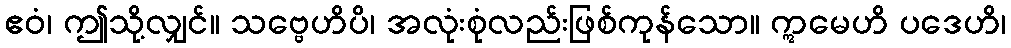
ဧဝံ၊ ဤသို့လျှင်။ သဗ္ဗေဟိပိ၊ အလုံးစုံလည်းဖြစ်ကုန်သော။ ဣမေဟိ ပဒေဟိ၊